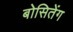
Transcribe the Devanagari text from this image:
बोसितेंग